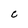
Character: C